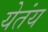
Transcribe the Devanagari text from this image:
येतंय